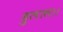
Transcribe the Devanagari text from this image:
हुलास।।